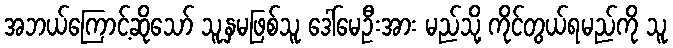
အဘယ်ကြောင့်ဆိုသော် သူ့နှမဖြစ်သူ ဒေါ်မေဦးအား မည်သို့ ကိုင်တွယ်ရမည်ကို သူ